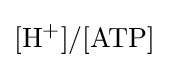
[\mathrm {H} ^{+}]/[\mathrm {ATP} ]